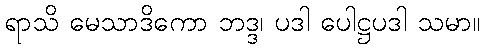
ရာသိ မေသာဒိကော ဘဒ္ဒ၊ ပဒါ ပေါဋ္ဌပဒါ သမာ။